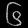
Digit: ၆